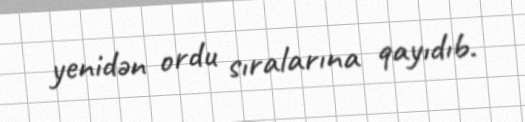
yenidən ordu sıralarına qayıdıb.